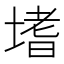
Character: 𭏎